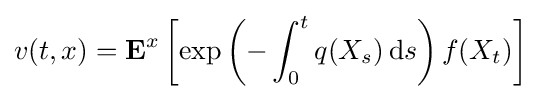
v(t,x)=\mathbf {E} ^{x}\left[\exp \left(-\int _{0}^{t}q(X_{s})\,\mathrm {d} s\right)f(X_{t})\right]